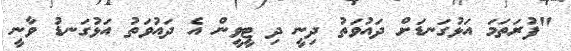
"ފުރަތަމަ އަޅުގަނޑަށް ދައުވަތު ދިނީ ދި ޓީވީން އެ ދައުވަތު އަޅުގަނޑު ވާނީ